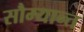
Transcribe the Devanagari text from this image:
सौम्यान्त